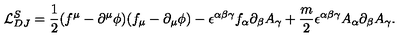
{ \cal { L } } _ { D J } ^ { S } = \frac { 1 } { 2 } ( f ^ { \mu } - \partial ^ { \mu } \phi ) ( f _ { \mu } - \partial _ { \mu } \phi ) - \epsilon ^ { \alpha \beta \gamma } f _ { \alpha } \partial _ { \beta } A _ { \gamma } + \frac { m } { 2 } \epsilon ^ { \alpha \beta \gamma } A _ { \alpha } \partial _ { \beta } A _ { \gamma } .